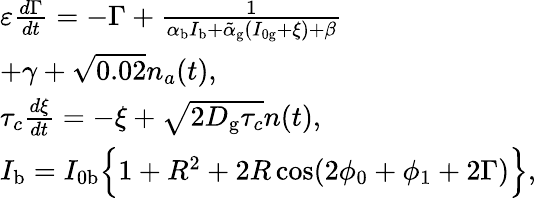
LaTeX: \begin{array}{l}{\varepsilon\frac{d\Gamma}{dt}=-\Gamma+\frac{1}{\alpha_{\mathrm{b}}I_{\mathrm{b}}+\tilde{\alpha}_{\mathrm{g}}(I_{0\mathrm{g}}+\xi)+\beta}}\\ {+\gamma+\sqrt{0.02}n_{a}(t),}\\ {\tau_{c}\frac{d\xi}{dt}=-\xi+\sqrt{2D_{\mathrm{g}}\tau_{c}}n(t),}\\ {I_{\mathrm{b}}=I_{0\mathrm{b}}\Big\{ 1+R^{2}+2R\cos(2\phi_{0}+\phi_{1}+2\Gamma)\Big\} ,}\end{array}